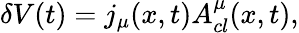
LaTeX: \delta V(t)=j_{\mu}(x,t)A_{cl}^{\mu}(x,t),